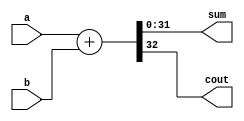
module adderPlus #(parameter N = 32 ) ( input [N-1:0] a, b,output[N-1:0] sum,output cout);
assign {cout,sum} = a+b;

endmodule